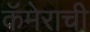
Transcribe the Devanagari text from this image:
कॅमेराची